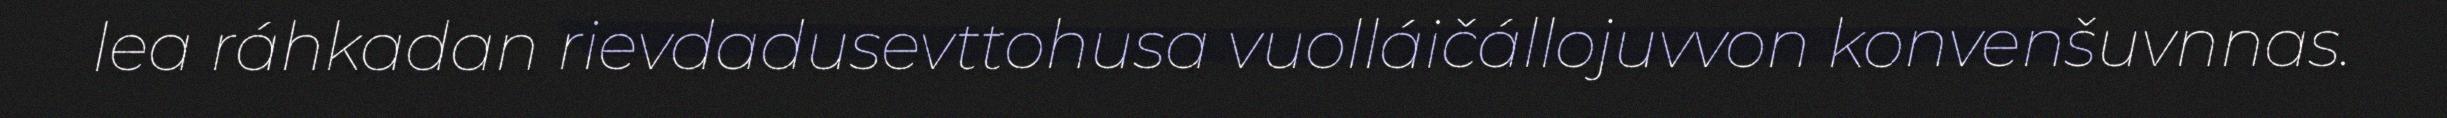
lea ráhkadan rievdadusevttohusa vuolláičállojuvvon konvenšuvnnas.